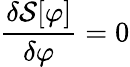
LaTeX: {\frac{\delta{\mathcal{S}}[\varphi]}{\delta\varphi}}=0